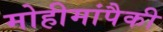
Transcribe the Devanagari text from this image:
मोहीमांपैकी